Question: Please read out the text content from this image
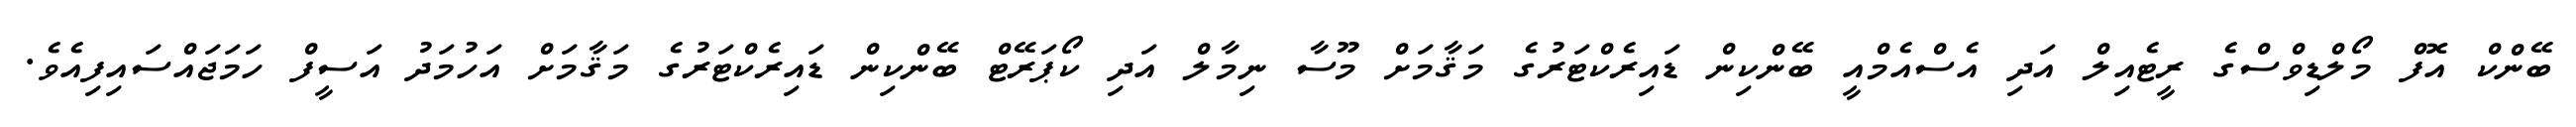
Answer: ބޭންކް އޮފް މޯލްޑިވްސްގެ ރީޓެއިލް އަދި އެސްއެމްއީ ބޭންކިން ޑައިރެކްޓަރުގެ މަޤާމަށް މޫސާ ނިމާލް އަދި ކޯޕަރޭޓް ބޭންކިން ޑައިރެކްޓަރުގެ މަޤާމަށް އަހުމަދު އަސީފް ހަމަޖައްސައިފިއެވެ.